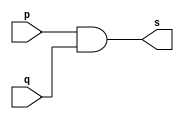
// ------------------------- 
// Exercicio4 - AND 
// Nome: Felipe Ferreira Adnrade do Carmo 
// ------------------------- 
 
// ------------------------- 
// -- and gate 
// ------------------------- 
module andgate ( output [0:3] s, input   [0:3] p, input   [0:3] q ); 
 assign s = p & q; 
endmodule // andgate 
 
// --------------------- 
// -- test and gate 
// --------------------- 
module testandgate; 
// ------------------------- dados locais 
   reg   [0:3] a, b; // definir registradores 
   wire  [0:3] s;    // definir conexao (fio) 
// ------------------------- instancia 
   andgate AND1 (s, a, b); 
// ------------------------- preparacao 
   initial begin:start 
      a=4'b0011;   // 4 valores binarios 
      b=4'b0101;   // 4 valores binarios
   end 
 
 
// ------------------------- parte principal 
 
   initial begin:main  
      $display("Exercicio4 - Felipe Ferreira Andrade do Carmo - 427402"); 
      $display("Test AND gate"); 
      $display("\na & b = s\n");
		$monitor("%b ^ %b = %b", a, b, s); 
  #1  a=0; b=0;    // valores decimais 
  #1  a=4'b0010; b=4'b0001;  // valores binarios 
  #1  a=4'd1;    b=3;    // decimal e decimal 
  #1  a=4'o5;    b=2;    // octal   e decimal 
  #1  a=4'hA;    b=3;    // hexadecimal e decimal 
  #1  a=4'h9;    b=4'o3;    // hexadecimal e octal  
 end 
 
endmodule // testandgate